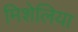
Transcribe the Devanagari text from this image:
मिशेलिया